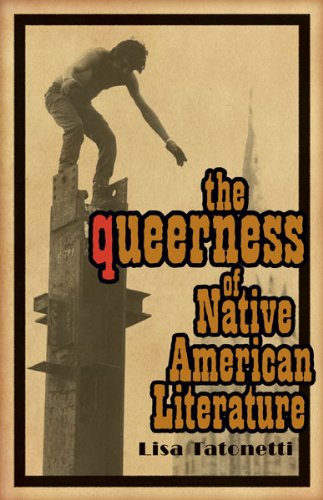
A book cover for The Queerness of Native American Literature (Indigenous Americas); Lisa Tatonetti; Gay & Lesbian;